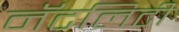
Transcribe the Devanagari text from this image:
नॅटलिटी